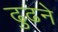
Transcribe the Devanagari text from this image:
ढुढने